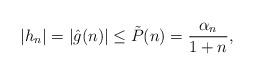
LaTeX: \begin{align*} |h_n| = |\hat{g}(n)| \leq \tilde{P}(n) = \frac{\alpha_n}{1+n},\end{align*}